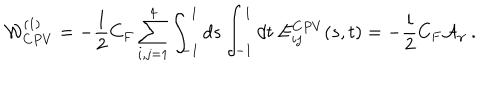
{ \cal W } _ { C P V } ^ { ( 1 ) } = - { \frac { 1 } { 2 } } C _ { F } \sum _ { i , j = 1 } ^ { 4 } \int _ { - 1 } ^ { 1 } d s \int _ { - 1 } ^ { 1 } d t \ E _ { i j } ^ { C P V } ( s , t ) = - { \frac { i } { 2 } } C _ { F } { \cal A } _ { \gamma } \ .